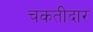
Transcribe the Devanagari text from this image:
चकतीदार